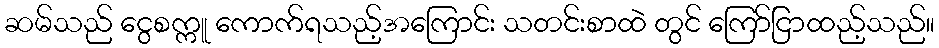
ဆမ်သည် ငွေစက္ကူ ကောက်ရသည့်အကြောင်း သတင်းစာထဲ တွင် ကြော်ငြာထည့်သည်။